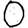
Digit: 0